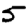
Digit: 5